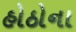
હોઠોના